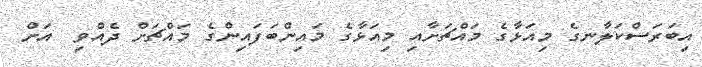
އިބަރަސްކަލާނގެ މިއަޅާގެ މައްޗަށާއި މިއަޅާގެ މައިންބަފައިންގެ މައްޗަށް ދެއްވި  އަށް